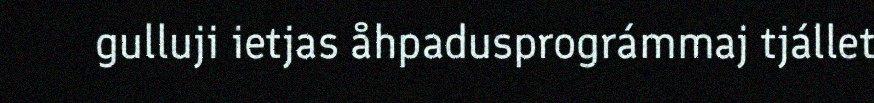
gulluji ietjas åhpadusprográmmaj tjállet